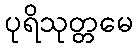
ပုရိသုတ္တမေ